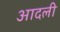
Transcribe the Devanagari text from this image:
आदली